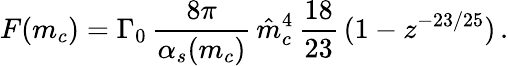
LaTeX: F(m_{c})=\Gamma_{0}\, {\frac{8\pi}{\alpha_{s}(m_{c})}}\, \hat{m}_{c}^{4}\, {\frac{18}{23}}\, (1-z^{-23/25})\, .